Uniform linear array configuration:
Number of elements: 4
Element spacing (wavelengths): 0.25
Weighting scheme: cosine
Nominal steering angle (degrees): -45
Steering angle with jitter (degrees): -45.804
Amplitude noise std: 0.05
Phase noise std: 0.05

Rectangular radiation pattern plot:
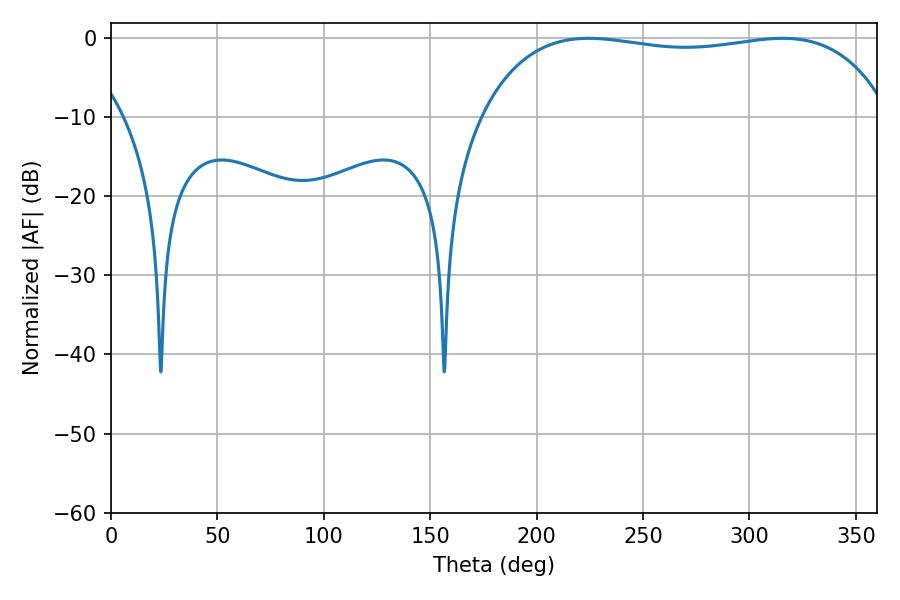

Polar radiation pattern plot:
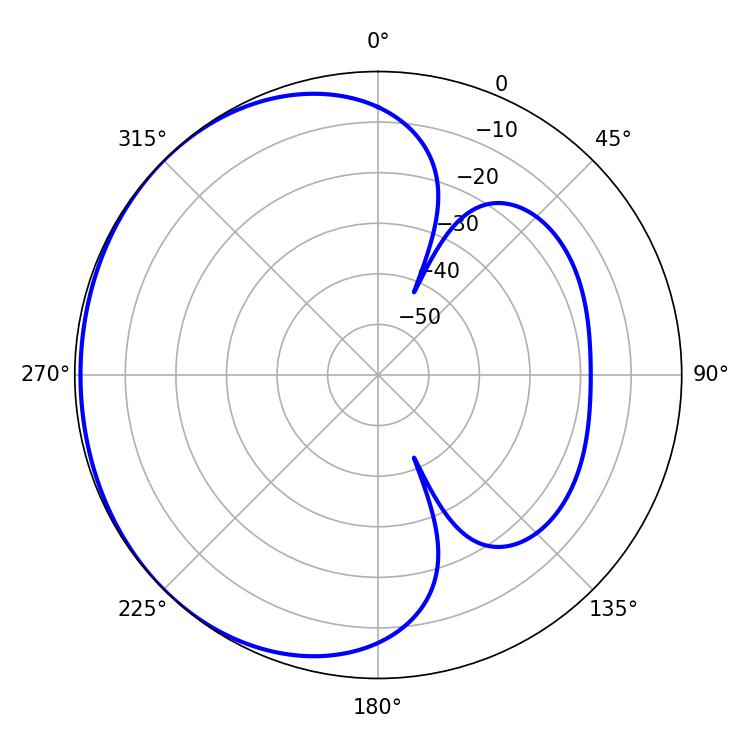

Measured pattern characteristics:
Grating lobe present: FALSE
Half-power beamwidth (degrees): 154.44
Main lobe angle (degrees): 224.46